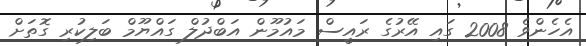
އެހެންވެ 2008 ގައި އޭރުގެ ރައީސް މައުމޫން އަބްދުލް ގައްޔޫމް ބަލިކުރި ގޮތަށް